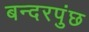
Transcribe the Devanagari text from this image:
बन्दरपुंछ